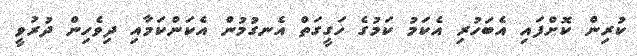
ކުރިން ކޮށްފައި އެބަހުރި އެކަމު ކަމުގެ ހަގީގަތް އެނގުމުން އެކަންކަމާއި ދިވެހިން ދުރުވީ